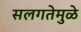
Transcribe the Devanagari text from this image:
सलगतेमुळे